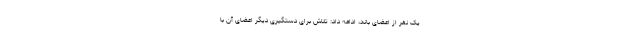
یک نفر از اعضای باند، ادامه داد: تلاش برای دستگیری دیگر اعضای آن با